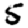
Digit: 5